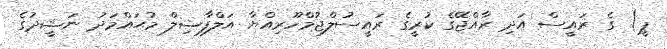
ޕީ) ގެ ރައީސް އަދި ރާއްޖޭގެ ކުރީގެ ރައީސުލްޖުމްހޫރިއްޔާ އަލްފާޟިލް މުޙައްމަދު ނަޝީދުގެ